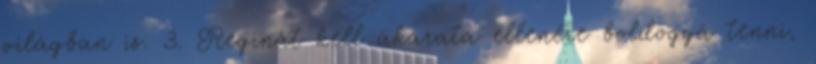
világban is. 3. Reginát kell akarata ellenére boldoggá tenni,